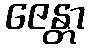
ဇေန္တာ